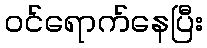
ဝင်ရောက်နေပြီး